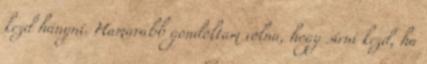
kezd hányni. Hamarabb gondoltam volna, hogy sírni kezd, ha